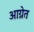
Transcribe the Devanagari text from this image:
आग्नेत